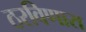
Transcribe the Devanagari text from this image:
ठरविणारा